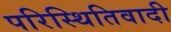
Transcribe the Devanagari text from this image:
परिस्थितिवादी